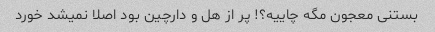
بستنی معجون مگه چاییه؟! پر از هل و دارچین بود اصلا نمیشد خورد